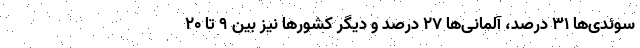
سوئدی‌ها ۳۱ درصد، آلمانی‌ها ۲۷ درصد و دیگر کشورها نیز بین ۹ تا ۲۰